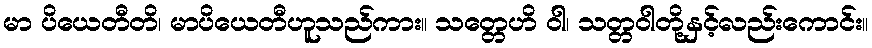
မာ ပိယေတီတိ၊ မာပိယေတီဟူသည်ကား။ သတ္တေဟိ ဝါ၊ သတ္တဝါတို့နှင့်လည်းကောင်း။